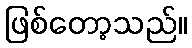
ဖြစ်တော့သည်။